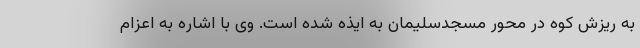
به ریزش کوه در محور مسجدسلیمان به ایذه شده است. وی با اشاره به اعزام